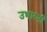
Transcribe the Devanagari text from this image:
उभारनी